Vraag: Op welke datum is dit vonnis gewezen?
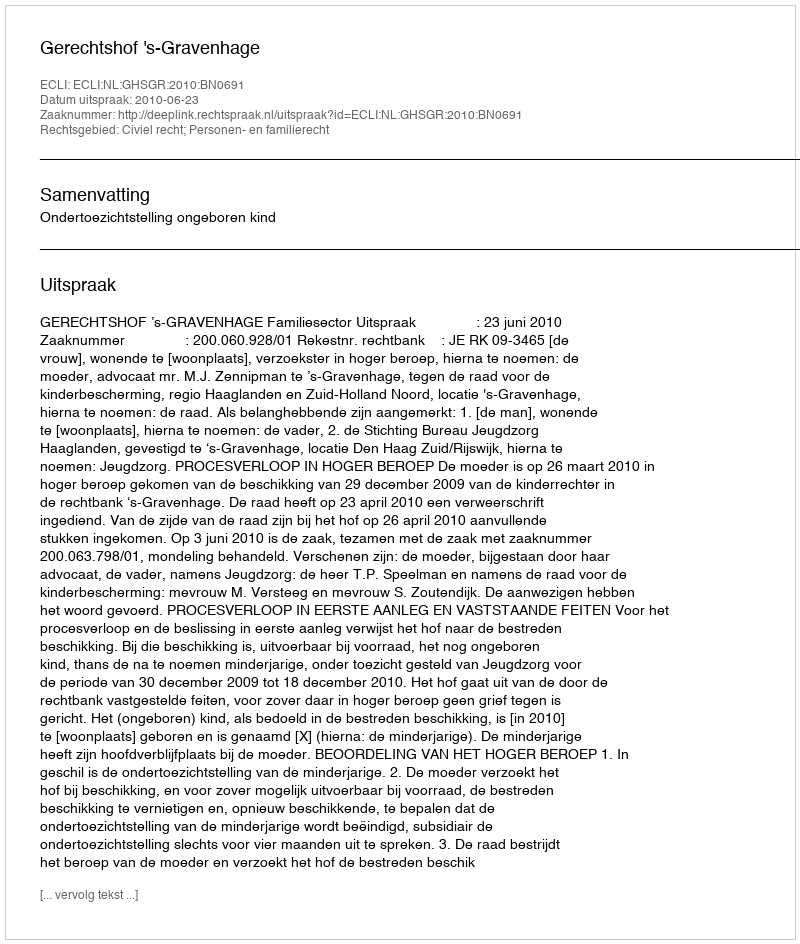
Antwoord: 2010-06-23